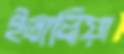
ইতালিয়া